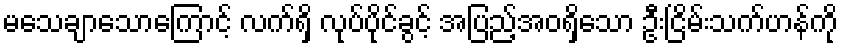
မသေချာသောကြောင့် လက်ရှိ လုပ်ပိုင်ခွင့် အပြည့်အဝရှိသော ဦးငြိမ်းသက်ဟန်ကို